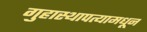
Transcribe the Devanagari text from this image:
गुहास्थापत्यामधून